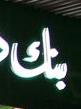
بنك